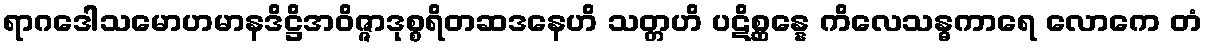
ရာဂဒေါသမောဟမာနဒိဋ္ဌိအဝိဇ္ဇာဒုစ္စရိတဆဒနေဟိ သတ္တဟိ ပဋိစ္ဆန္နေ ကိလေသန္ဓကာရေ လောကေ တံ